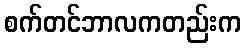
စက်တင်ဘာလကတည်းက